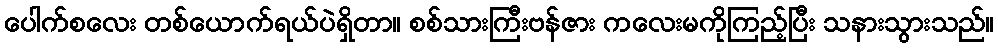
ပေါက်စလေး တစ်ယောက်ရယ်ပဲရှိတာ။ စစ်သားကြီးဗန်ဇား ကလေးမကိုကြည့်ပြီး သနားသွားသည်။